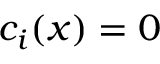
c _ { i } ( x ) = 0